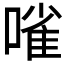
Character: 𠻘